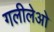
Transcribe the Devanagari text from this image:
गलीलेओ